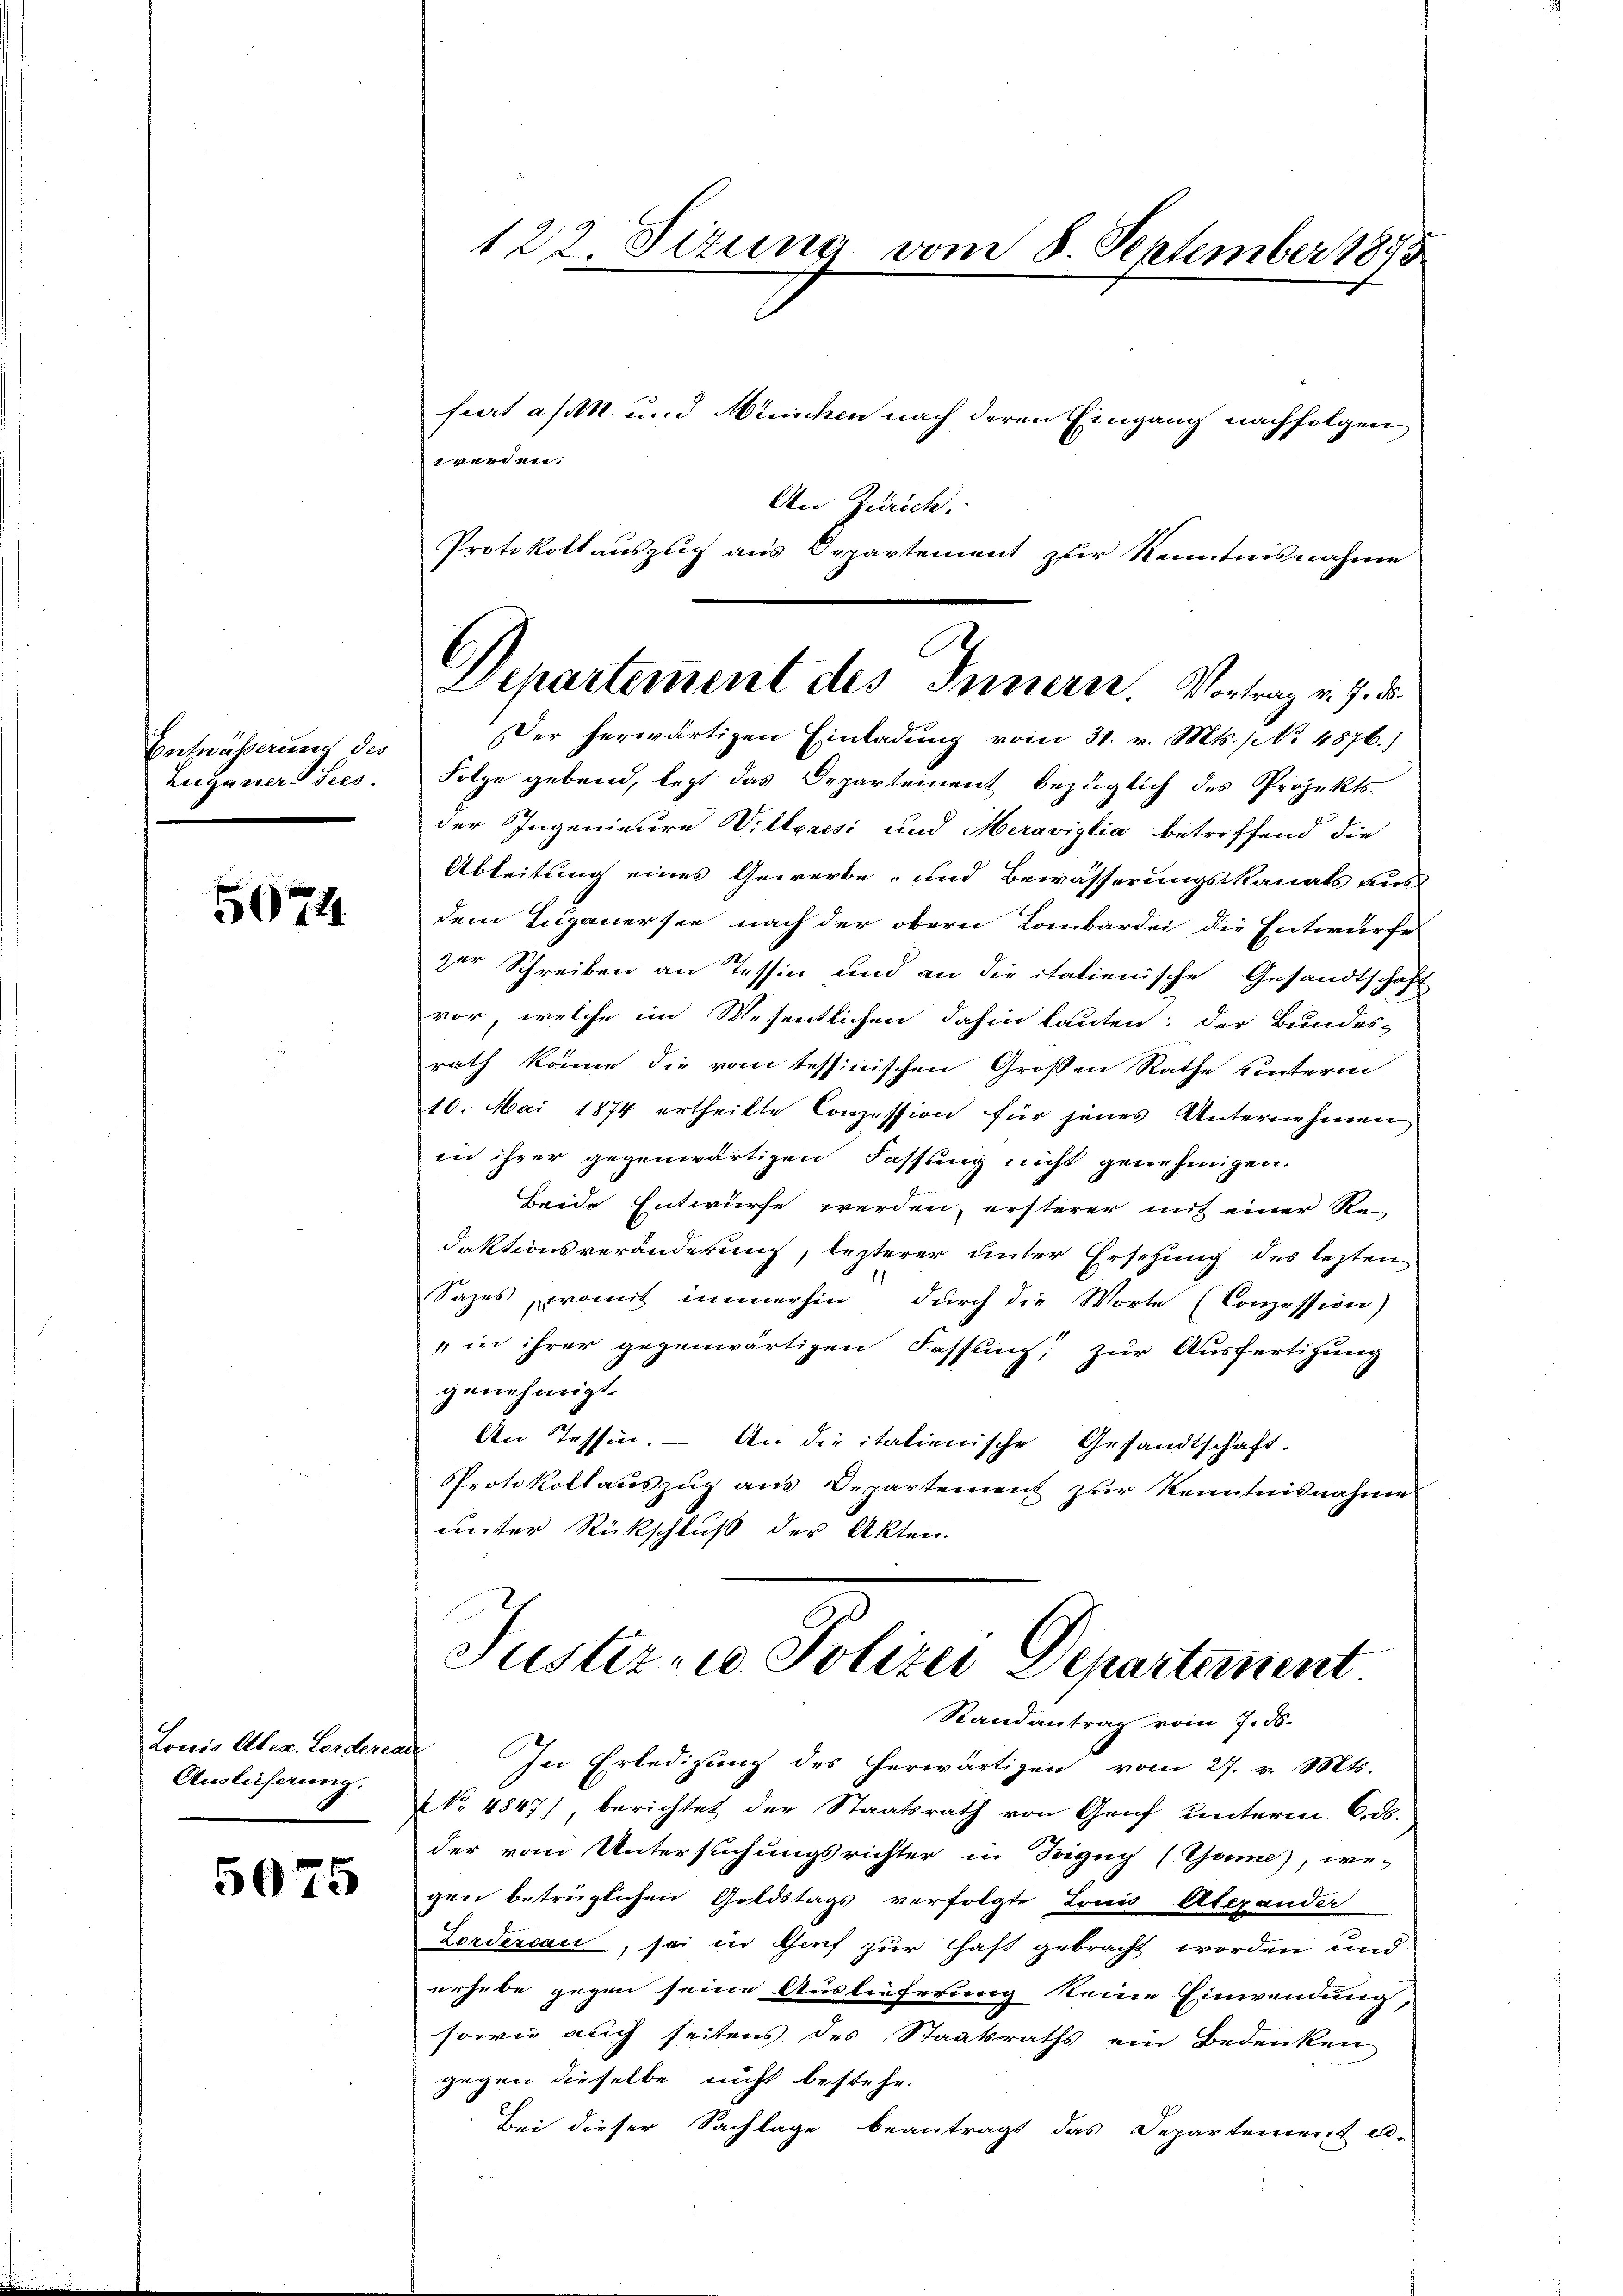
Entwässerung des
Zuganers Sees.

5074

Louis Alten. Fordenen
Auslieferung.

5075

122. Sizung vom 8. September 1845

werden.
An Zürich.
Protokoll auszug aus Departement zur Kenntnisnahme
Der herwärtigen Einladung vom 31. v. Mts. No 4876.)
Folge gebend, legt das Departement bezüglich des Projektsder Ingenieure Willerisi und Meraviglia betreffend die
Ableitung eines Gewerbe- und Bewässerungskanals aus-
dem Legauersee nach der obern Lombardei die Entwurfe
der Schreiben an Tessin und an die italienische Gesandtschaf
vor, welche im Wesentlichen dahin lauten: der Bundes-
rath könne die vom tessinischen Großen Rathe unterm
10. Mai 1874 ertheilte Conzession für jenes Unternehmen
in ihrer gegenwärtigen Fassung nicht genehmigen
beide Entwürfe werden, ersterer mit einer Re-
daktionsveränderung, lezterer unter Ersetzung des lezten
Sazes, womit immerhin durch die Worte (Conzession)
" in ihrer gegenwärtigen Fassung, zur Ausfertigung
genehmigt.
An Tessin. – An die italienische Gesandtschaft.
Protokollauszug aus Departement zur Kenntnisnahme
uunter Rückschluß der Akten.

fiert a/M. und Minischen nach deren Eingang nachfolgen

Departement des Innern. Vortrag v. J. d

Justiz- u. Polizei Departement
Randantrag vom 7. ds.

In Erledigung des herwärtigen vom 27. v. Mts.
NNo. 4847), berichtet der Staatsrath von Genf unterm 6. ds.
der vom Untersuchungsrichter in Fogug (Gume), we-
gen betrüglichen Goldstags verfolgte Tonio Alexander
Zordercau, sei in Genf zur Hast gebracht worden und
erhebe gegen seine Auslieferung keine Einwendung,
sowie auch seitens des Staatsraths ein Bedenken
gegen dieselbe nicht bestehe.
Bei dieser Sachlage beantragt das Departement al-